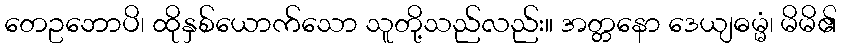
တေဥဘောပိ၊ ထိုနှစ်ယောက်သော သူတို့သည်လည်း။ အတ္တနော ဒေယျဓမ္မံ၊ မိမိ၏